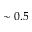
\sim 0 . 5